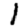
Digit: 1